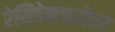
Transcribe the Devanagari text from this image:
रेसिडेन्टबरोबर